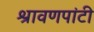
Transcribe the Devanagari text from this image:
श्रावणपांटी